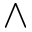
\wedge